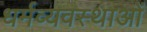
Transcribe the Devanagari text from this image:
धर्मव्यवस्थाओं